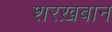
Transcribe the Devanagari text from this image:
शरख़बान